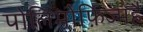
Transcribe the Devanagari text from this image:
पोलिमोर्फ़िज्महै